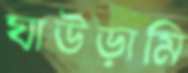
ঘাউড়ামি